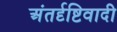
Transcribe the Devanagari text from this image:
अंतर्दृष्टिवादी